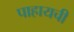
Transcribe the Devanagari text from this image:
पाहायची